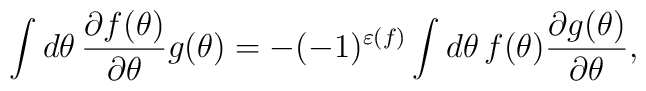
\int d\theta\,\frac{\partial f(\theta)}{\partial\theta}g(\theta)= -(-1)^{\varepsilon(f)}\int d\theta\,f(\theta)\frac{\partial g(\theta)} {\partial\theta},